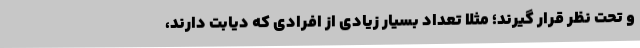
و تحت نظر قرار گیرند؛ مثلا تعداد بسیار زیادی از افرادی که دیابت دارند،